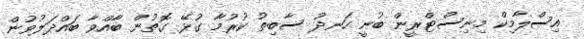
އިސްލާމިކް މިނިސްޓްރީން ބުނީ ހަނދު ސާބިތު ކުރުމާ ގުޅޭ ގޮތުން ބާއްވާ ބައްދަލުވުން